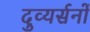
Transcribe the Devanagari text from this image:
दुव्यर्सनों